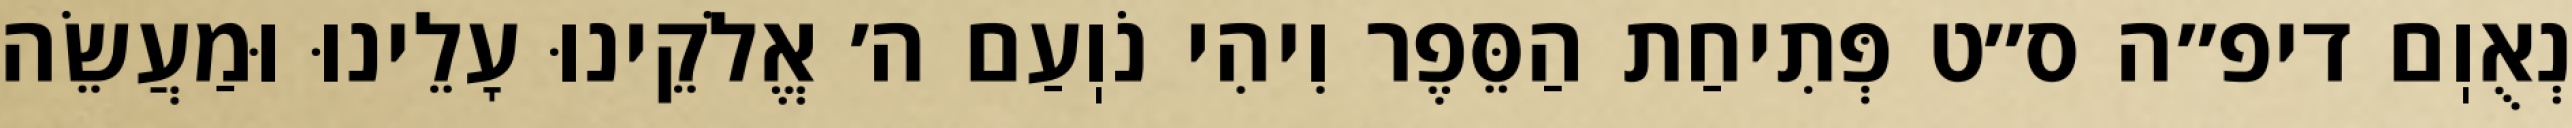
נְאֻוֽם דיפ״ה ס״ט פְּתִיחַת הַסֵּפֶר וִיהִי נֹוֽעַם ה׳ אֱלֹקֵינוּ עָלֵינוּ וּמַעֲשֵׂה